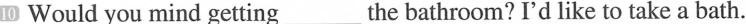
10 Would you mind getting ___the bathroom? I'd like to take a bath.